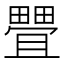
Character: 𰣖